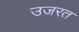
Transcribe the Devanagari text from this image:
उजरत